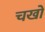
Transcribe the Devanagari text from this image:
चखों